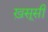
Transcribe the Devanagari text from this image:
ख़सूसी